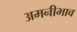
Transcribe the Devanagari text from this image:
अमनीभाव